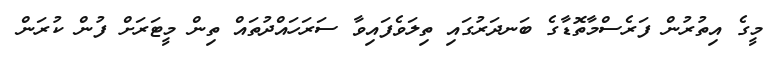
މީގެ އިތުރުން ފަރެސްމާތޮޑާގެ ބަނދަރުގައި ތިލަވެފައިވާ ސަރަހައްދުތައް ތިން މީޓަރަށް ފުން ކުރަން